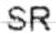
SR